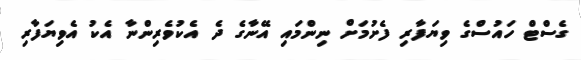
ގެސްޓް ހައުސްގެ ވިޔަފާރި ފެށުމަށް ނިންމައި އޭނާގެ ދެ އެކުވެރިންނާ އެކު އެވިޔަފާރި